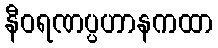
နီဝရဏပ္ပဟာနကထာ